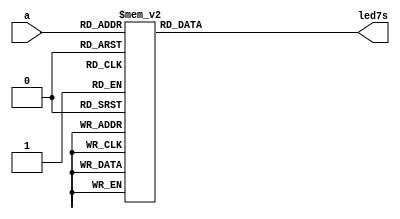
module decl7s_test(a,led7s);
      input [3:0] a;
      output [6:0] led7s;
      reg [6:0] led7s;
always @(a)



begin
case(a)
  4'b0000: led7s=7'b0111111;
  4'b0001: led7s=7'b0000110;
  4'b0010: led7s=7'b1011011;
  4'b0011: led7s=7'b1001111;
  4'b0100: led7s=7'b1100110;
  4'b0101: led7s=7'b1101101;
  4'b0110: led7s=7'b1111101;
  4'b0111: led7s=7'b0000111;
  4'b1000: led7s=7'b1111111;
  4'b1001: led7s=7'b1101111;
  4'b1010: led7s=7'b1110111;
  4'b1011: led7s=7'b1111100;
  4'b1100: led7s=7'b0111001;
  4'b1101: led7s=7'b1011110;
  4'b1110: led7s=7'b1111001;
  4'b1111: led7s=7'b1110001;
endcase
end 


endmodule